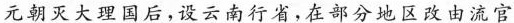
元朝灭大理国后，设云南行省，在部分地区改由流官